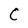
Character: C